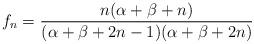
LaTeX: \begin{align*}f_n=\frac{n(\alpha+\beta+n)}{(\alpha+\beta+2n-1)(\alpha+\beta+2n)}\end{align*}